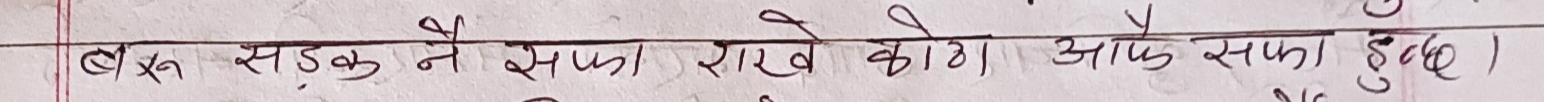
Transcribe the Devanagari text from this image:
बस्तन सडक नै सफा राखेको हो। आफै सफा हुनुहोस।